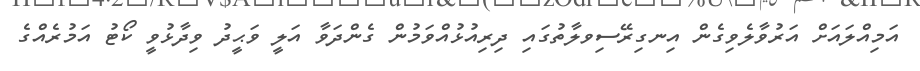
އަމިއްލައަށް އަރުވާލެވިގެން އިނގިރޭސިވލާތުގައި ދިރިއުޅުއްވަމުން ގެންދަވާ އަލީ ވަޙީދު ވިދާޅުވީ ކޯޓު އަމުރެއްގެ